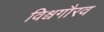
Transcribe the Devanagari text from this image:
विश्वगौरव